system: You are a helpful assistant.
user:
Analyze the provided spectrum to determine if it is a **White Dwarf (WD)**.

A White Dwarf spectrum is defined by its **extreme purity** (due to gravitational settling) and/or **extreme pressure broadening** (due to high surface gravity). You must check for one of the following mutually exclusive signatures:

- **Key Visual Indicators (Check for ONE of these types):**

    - **1. DA-Type Signature (Most Common):**
        - **(Primary Feature):** Extreme pressure broadening (Stark broadening) of the **Hydrogen (H) Balmer lines**.
        - **(Key Lines):** $H\beta$ (approx. $4861$ Å) and $H\gamma$ (approx. $4340$ Å). $H\alpha$ (approx. $6563$ Å) will also be present if the wavelength range covers it.
        - **(Line Profile):** This is the **defining feature**. The lines are **NOT** sharp. They appear as massive, **extremely broad and deep "troughs" or "dips"** in the spectrum, often hundreds of Ångströms wide. The continuum will appear to "scoop" down at these wavelengths.
        - **(Distinction):** Normal A-type or B-type stars have *narrow* and *sharp* Hydrogen lines. A DA White Dwarf's lines are unmistakably "smeared" or "blurry" from pressure.

    - **2. DB-Type Signature:**
        - **(Primary Feature):** Broad absorption lines from **Neutral Helium (He I)**. The spectrum must lack any visible Hydrogen lines.
        - **(Key Lines):** Look for broad absorption near $4471$ Å, $4921$ Å, and $5876$ Å.
        - **(Line Profile):** These lines are also significantly pressure-broadened, appearing much wider than they would in a normal B-type main-sequence star.

    - **3. DC-Type Signature:**
        - **(Primary Feature):** A **featureless continuous spectrum**.
        - **(Line Profile):** The spectrum is a smooth curve with **no significant absorption or emission lines**.
        - **(Key Confirmation):** The continuum is almost always **blue or white**, indicating a hot object. This signature implies the atmosphere is so pure (or so cool) that no spectral lines are visible in the optical range. Its WD identity is confirmed by its extremely low intrinsic brightness (high absolute magnitude).

    - **4. DZ-Type Signature (Metal-Polluted):**
        - **(Primary Feature):** **Isolated, narrow metal absorption lines** on an otherwise featureless (DC-like) continuum.
        - **(Key Lines):** The **Calcium (Ca II) H & K doublet** (approx. **$3934$ Å** and **$3968$ Å**) is the most common and defining feature.
        - **(Line Profile):** These lines are "out of place." They are *not* part of a "forest" of thousands of lines. This signature is evidence of recent *accretion* (pollution) from rocky debris.
        - **(Distinction):** Normal G/K/M stars have a *dense forest* of thousands of metal lines. A DZ has a *clean* continuum with *only a few* strong metal lines.

    - **5. DQ-Type Signature (Carbon-Polluted):**
        - **(Primary Feature):** Absorption bands from **Carbon (C₂ "Swan Bands" or atomic C I)**.
        - **(Key Lines - C₂):** Look for bandheads with a "saw-tooth" shape near $5635$ Å, **$5165$ Å** (strongest), and $4737$ Å.
        - **(Key Confirmation):** The underlying **continuum must be blue or white** (hot).
        - **(Distinction):** This is the critical difference from a **Carbon Star**, which has the *exact same* C₂ bands but on an extremely **red, cool** continuum.

- **(Overall Spectrum):**
    - The continuum (overall shape) is typically **blue-sloping** (brighter in the blue than the red), as most white dwarfs are very hot.
    - The spectrum will look "pure" or "simple," dominated by only *one* of the five signatures listed above.

Think first, call **spectral_visualization_tool** if needed to examine features in detail, then provide your final answer. Your response must adhere to the following strict rules:
1.  **Overall Structure:** Your response must follow the format `<think>...</think> <tool_call>...</tool_call> (if a tool is used) <answer>...</answer>`.
2.  **Tool Usage Constraint:** You may only make **one** tool call per turn.
3.  **Final Answer Format:** In the `<answer>` tag, your conclusion must be inside a `\boxed{}` command (e.g., `\boxed{YES}` or `\boxed{NO}`), followed by your justification.

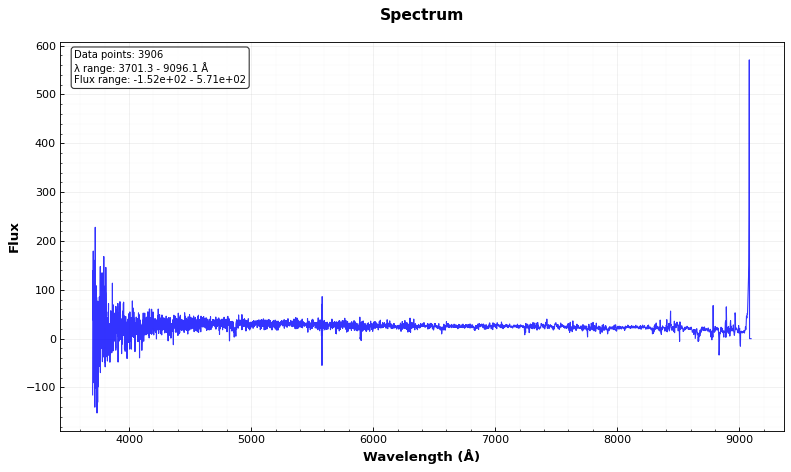
Answer: YES